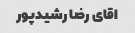
اقای رضا رشیدپور